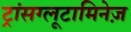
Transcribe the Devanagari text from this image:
ट्रांसग्लूटामिनेज़